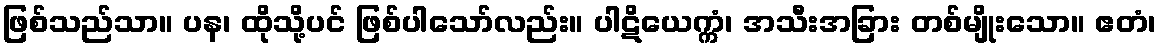
ဖြစ်သည်သာ။ ပန၊ ထိုသို့ပင် ဖြစ်ပါသော်လည်း။ ပါဋိယေက္ကံ၊ အသီးအခြား တစ်မျိုးသော။ ဧတံ၊